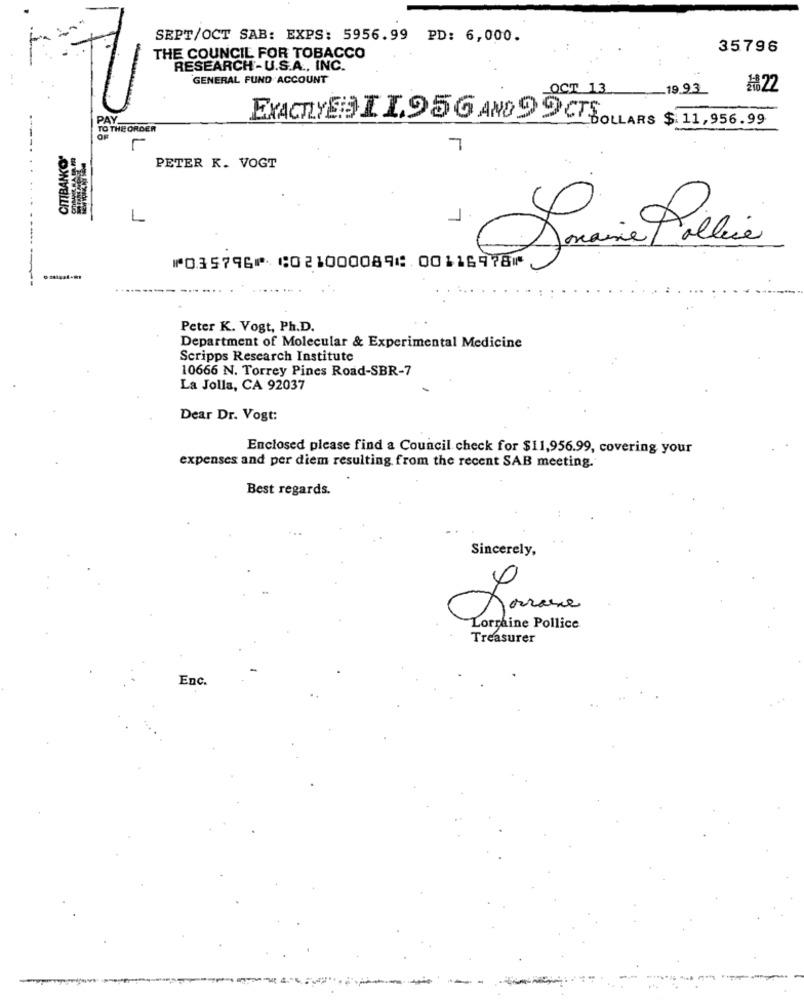
SEPT/OCT SAB: EXPS: 5956.99 PD: 6,000.
35796
THE COUNCIL FOR TOBACCO
RESEARCH-U.S.A ., INC.
GENERAL FUND ACCOUNT
OCT 13
.19.93
฿22
PAY
TO THE ORDER
EXACTLYDIL.956 AND 99CT DOLLARS $ 11,956.99
OF
--.
CITIBANKO'
7
PETER K. VOGT
. . .
L
Somaine Police
⑈035796⑈ ⑆021000089⑆ 00116978⑈
Peter K. Vogt, Ph.D.
Department of Molecular & Experimental Medicine
Scripps Research Institute
10666 N. Torrey Pines Road-SBR-7
La Jolla, CA 92037
Dear Dr. Vogt:
Enclosed please find a Council check for $11,956.99, covering your
expenses and per diem resulting from the recent SAB meeting.
Best regards.
Sincerely,
Lorraine Pollice
Treasurer
Enc.